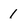
Character: 1